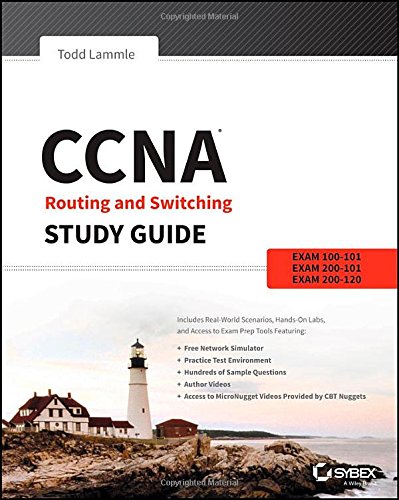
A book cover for CCNA Routing and Switching Study Guide: Exams 100-101, 200-101, and 200-120; Todd Lammle; Computers & Technology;